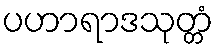
ပဟာရာဒသုတ္တံ